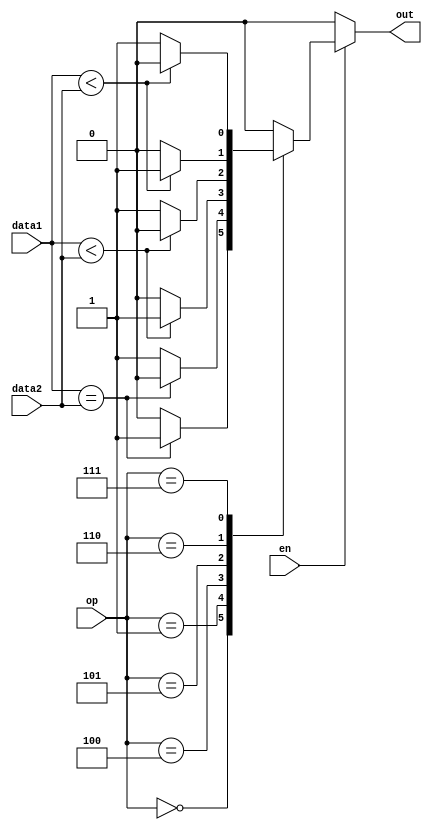
`timescale 1ns / 1ps
//////////////////////////////////////////////////////////////////////////////////
// Company: 
// Engineer: 
// 
// Design Name: 
// Module Name: branch
// Project Name: 
// Target Devices: 
// Tool Versions: 
// Description: 
// 
// Dependencies: 
// 
// Revision:
// Revision 0.01 - File Created
// Additional Comments:
// 
//////////////////////////////////////////////////////////////////////////////////


module branch(
    input en,
    input [2:0] op,
    input [31:0] data1,
    input [31:0] data2,
    output reg out
    );
    
    always @(*) begin
        if(en)
            case(op)
                3'b000: // beq
                    out = (data1 == data2) ? 1 : 0;
                3'b001: // bne
                    out = (data1 == data2) ? 0 : 1;
                3'b100: // blt
                    out = ($signed(data1) < $signed(data2)) ? 1 : 0;
                3'b101: // bge
                    out = ($signed(data1) < $signed(data2)) ? 0 : 1;
                3'b110: // bltu
                    out = (data1 < data2) ? 1 : 0;
                3'b111: // bgeu
                    out = (data1 < data2) ? 0 : 1;
                default:
                    out = 0;
            endcase
        else out = 0;
    end
endmodule